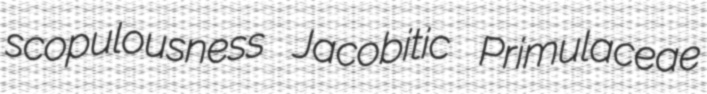
scopulousness Jacobitic Primulaceae